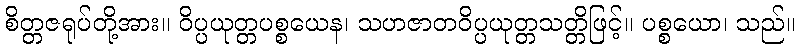
စိတ္တဇရုပ်တို့အား။ ဝိပ္ပယုတ္တပစ္စယေန၊ သဟဇာတဝိပ္ပယုတ္တသတ္တိဖြင့်။ ပစ္စယော၊ သည်။